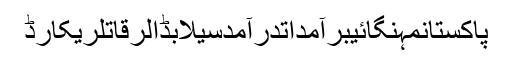
پاکستانمہنگائیبرآمداتدرآمدسیلابڈالرقاتلریکارڈ